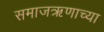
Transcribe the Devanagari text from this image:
समाजऋणाच्या